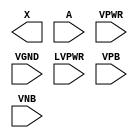
module sky130_fd_sc_hvl__lsbuflv2hv_symmetric (
    X    ,
    A    ,
    VPWR ,
    VGND ,
    LVPWR,
    VPB  ,
    VNB
);

    output X    ;
    input  A    ;
    input  VPWR ;
    input  VGND ;
    input  LVPWR;
    input  VPB  ;
    input  VNB  ;
endmodule